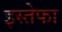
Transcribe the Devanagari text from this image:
इस्तेफा